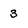
Character: 3